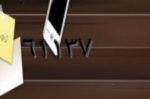
٦١١٣٧